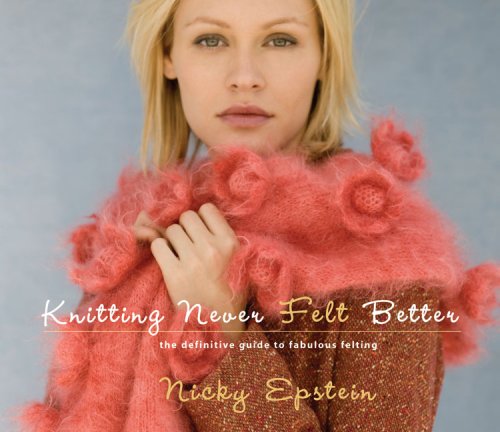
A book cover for Knitting Never Felt Better: The Definitive Guide to Fabulous Felting; Nicky Epstein; Crafts, Hobbies & Home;